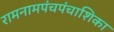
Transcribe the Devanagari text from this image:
रामनामपंचपंचाशिका